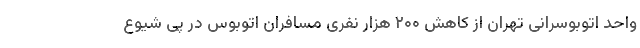
واحد اتوبوسرانی تهران از کاهش ۲۰۰ هزار نفری مسافران اتوبوس در پی شیوع